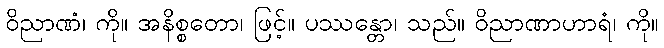
ဝိညာဏံ၊ ကို။ အနိစ္စတော၊ ဖြင့်။ ပဿန္တော၊ သည်။ ဝိညာဏာဟာရံ၊ ကို။